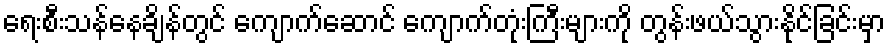
ရေးစီးသန်နေချိန်တွင် ကျောက်ဆောင် ကျောက်တုံးကြီးများကို တွန်းဖယ်သွားနိုင်ခြင်းမှာ